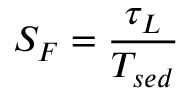
S _ { F } = \frac { \tau _ { L } } { T _ { s e d } }